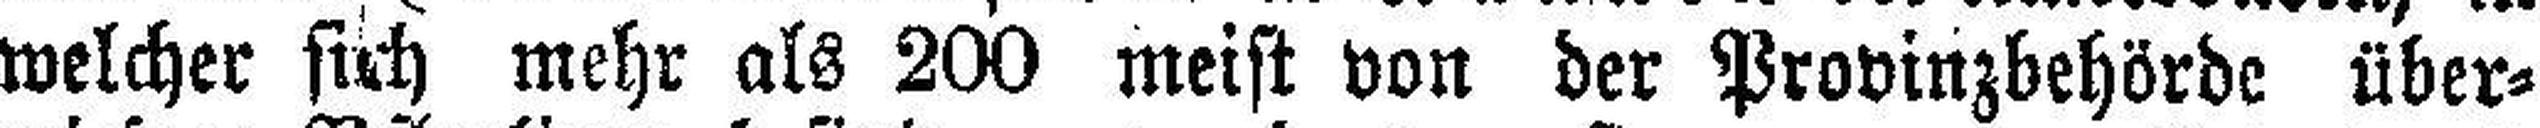
welcher sich mehr als 200 meist von der Provinzbehörde über¬